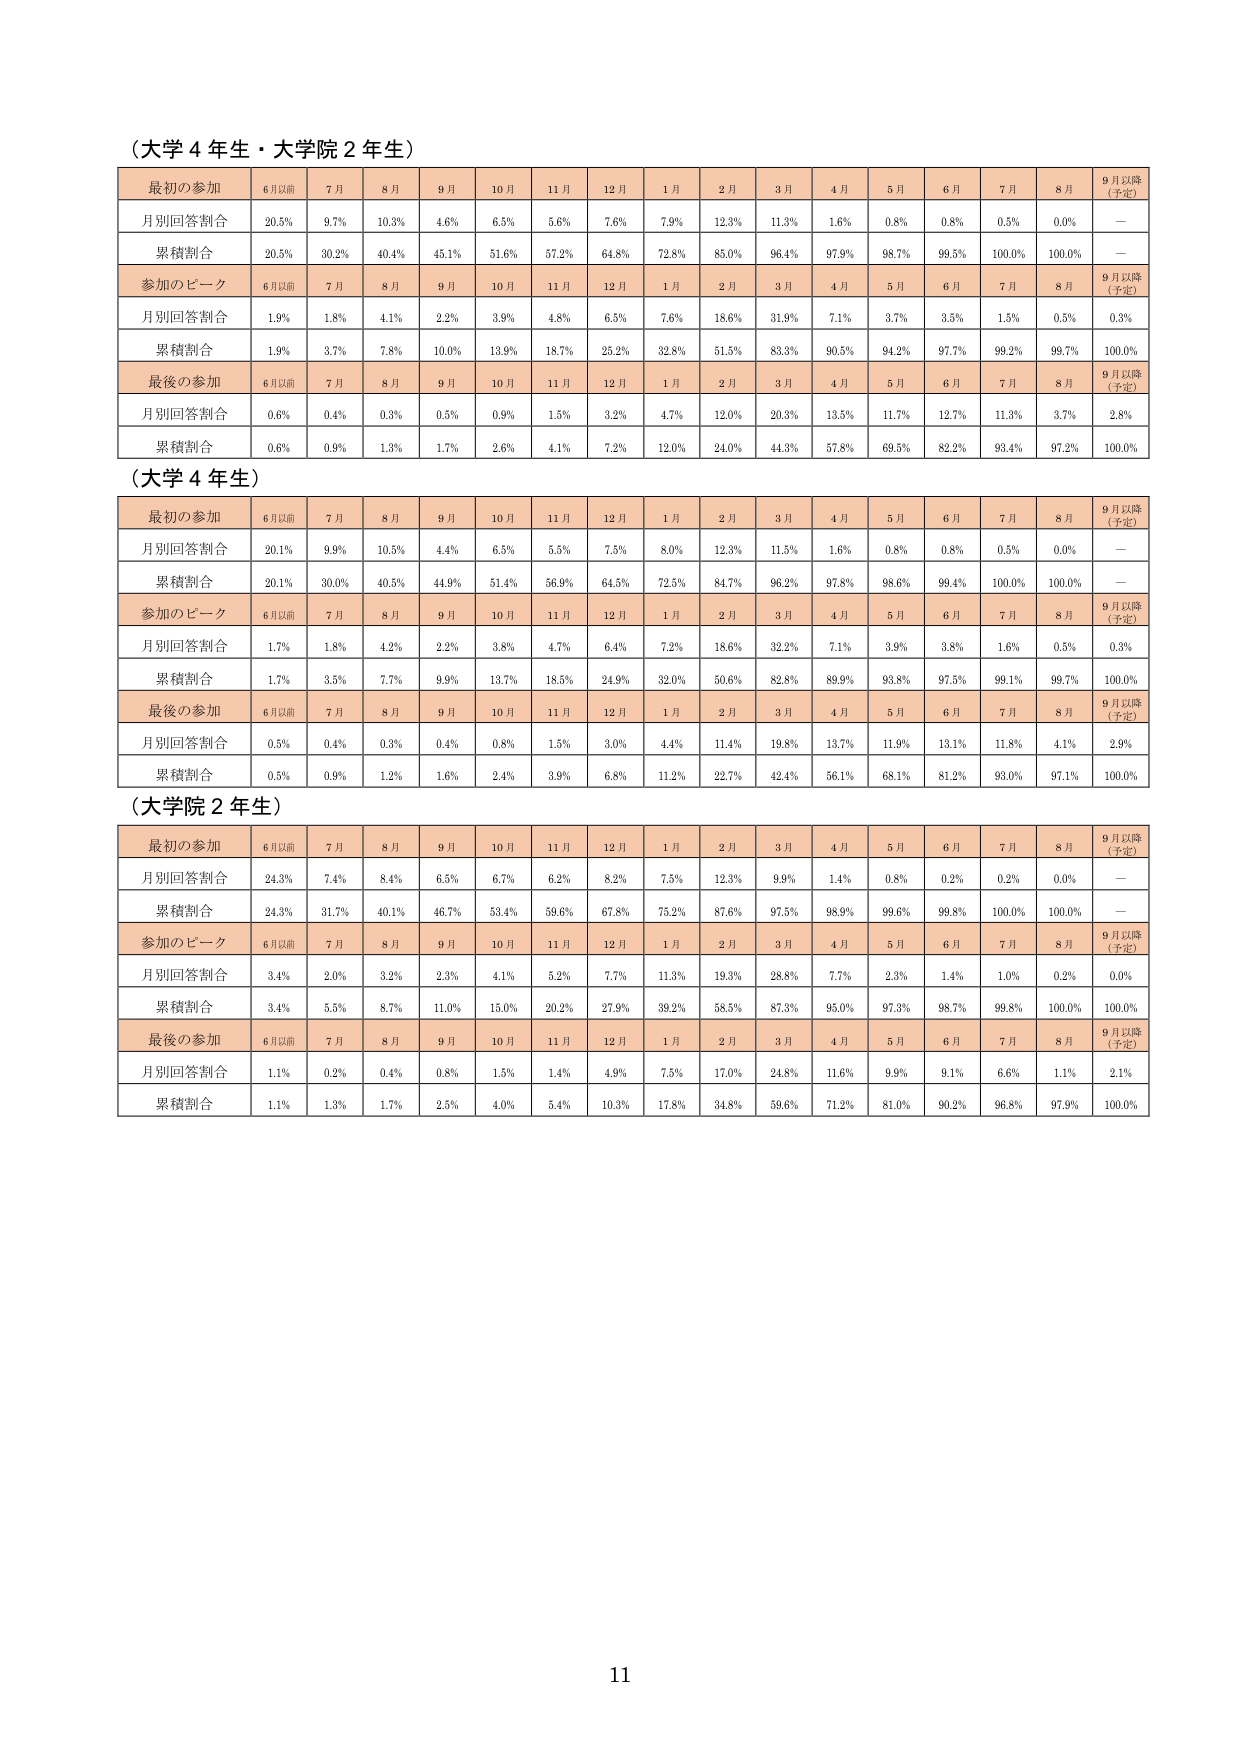
（大学４年生・大学院２年生）

最初の参加　6月以前　7月　8月　9月　10月　11月　12月　1月　2月　3月　4月　5月　6月　7月　8月　9月以降（予定）
月別回答割合　20.5%　9.7%　10.3%　4.6%　6.5%　5.6%　7.6%　7.9%　12.3%　11.3%　1.6%　0.8%　0.8%　0.5%　0.0%　—
累積割合　20.5%　30.2%　40.4%　45.1%　51.6%　57.2%　64.8%　72.8%　85.0%　96.4%　97.9%　98.7%　99.5%　100.0%　100.0%　—

参加のピーク　6月以前　7月　8月　9月　10月　11月　12月　1月　2月　3月　4月　5月　6月　7月　8月　9月以降（予定）
月別回答割合　1.9%　1.8%　4.1%　2.2%　3.9%　4.8%　6.5%　7.6%　18.6%　31.9%　7.1%　3.7%　3.5%　1.5%　0.5%　0.3%
累積割合　1.9%　3.7%　7.8%　10.0%　13.9%　18.7%　25.2%　32.8%　51.5%　83.3%　90.5%　94.2%　97.7%　99.2%　99.7%　100.0%

最後の参加　6月以前　7月　8月　9月　10月　11月　12月　1月　2月　3月　4月　5月　6月　7月　8月　9月以降（予定）
月別回答割合　0.6%　0.4%　0.3%　0.5%　0.9%　1.5%　3.2%　4.7%　12.0%　20.3%　13.5%　11.7%　12.7%　11.3%　3.7%　2.8%
累積割合　0.6%　0.9%　1.3%　1.7%　2.6%　4.1%　7.2%　12.0%　24.0%　44.3%　57.8%　69.5%　82.2%　93.4%　97.2%　100.0%

（大学４年生）

最初の参加　6月以前　7月　8月　9月　10月　11月　12月　1月　2月　3月　4月　5月　6月　7月　8月　9月以降（予定）
月別回答割合　20.1%　9.9%　10.5%　4.4%　6.5%　5.5%　7.5%　8.0%　12.3%　11.5%　1.6%　0.8%　0.8%　0.5%　0.0%　—
累積割合　20.1%　30.0%　40.5%　44.9%　51.4%　56.9%　64.5%　72.5%　84.7%　96.2%　97.8%　98.6%　99.4%　100.0%　100.0%　—

参加のピーク　6月以前　7月　8月　9月　10月　11月　12月　1月　2月　3月　4月　5月　6月　7月　8月　9月以降（予定）
月別回答割合　1.7%　1.8%　4.2%　2.2%　3.8%　4.7%　6.4%　7.2%　18.6%　32.2%　7.1%　3.9%　3.8%　1.6%　0.5%　0.3%
累積割合　1.7%　3.5%　7.7%　9.9%　13.7%　18.5%　24.9%　32.0%　50.6%　82.8%　89.9%　93.8%　97.5%　99.1%　99.7%　100.0%

最後の参加　6月以前　7月　8月　9月　10月　11月　12月　1月　2月　3月　4月　5月　6月　7月　8月　9月以降（予定）
月別回答割合　0.5%　0.4%　0.3%　0.4%　0.8%　1.5%　3.0%　4.4%　11.4%　19.8%　13.7%　11.9%　13.1%　11.8%　4.1%　2.9%
累積割合　0.5%　0.9%　1.2%　1.6%　2.4%　3.9%　6.8%　11.2%　22.7%　42.4%　56.1%　68.1%　81.2%　93.0%　97.1%　100.0%

（大学院２年生）

最初の参加　6月以前　7月　8月　9月　10月　11月　12月　1月　2月　3月　4月　5月　6月　7月　8月　9月以降（予定）
月別回答割合　24.3%　7.4%　8.4%　6.5%　6.7%　6.2%　8.2%　7.5%　12.3%　9.9%　1.4%　0.8%　0.2%　0.2%　0.0%　—
累積割合　24.3%　31.7%　40.1%　46.7%　53.4%　59.6%　67.8%　75.2%　87.6%　97.5%　98.9%　99.6%　99.8%　100.0%　100.0%　—

参加のピーク　6月以前　7月　8月　9月　10月　11月　12月　1月　2月　3月　4月　5月　6月　7月　8月　9月以降（予定）
月別回答割合　3.4%　2.0%　3.2%　2.3%　4.1%　5.2%　7.7%　11.3%　19.3%　28.8%　7.7%　2.3%　1.4%　1.0%　0.2%　0.0%
累積割合　3.4%　5.5%　8.7%　11.0%　15.0%　20.2%　27.9%　39.2%　58.5%　87.3%　95.0%　97.3%　98.7%　99.8%　100.0%　100.0%

最後の参加　6月以前　7月　8月　9月　10月　11月　12月　1月　2月　3月　4月　5月　6月　7月　8月　9月以降（予定）
月別回答割合　1.1%　0.2%　0.4%　0.8%　1.5%　1.4%　4.9%　7.5%　17.0%　24.8%　11.6%　9.9%　9.1%　6.6%　1.1%　2.1%
累積割合　1.1%　1.3%　1.7%　2.5%　4.0%　5.4%　10.3%　17.8%　34.8%　59.6%　71.2%　81.0%　90.2%　96.8%　97.9%　100.0%

11